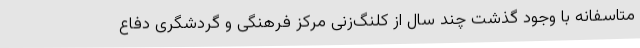
متاسفانه با وجود گذشت چند سال از کلنگ‌زنی مرکز فرهنگی و گردشگری دفاع